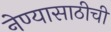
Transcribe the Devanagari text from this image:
नेण्यासाठीची